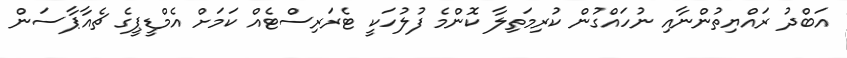
އަބްދު ރައްޔިތުންނާއި ނުހައްގުން ކުރިމަތިލާ ކޮންމެ ފުލުހަކީ ޓެރަރިސްޓެއް ކަމަށް އެމްޑީޕީގެ ޗެއާޕާސަން